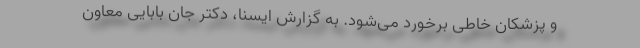
و پزشکان خاطی برخورد می‌شود. به گزارش ایسنا، دکتر جان بابایی معاون